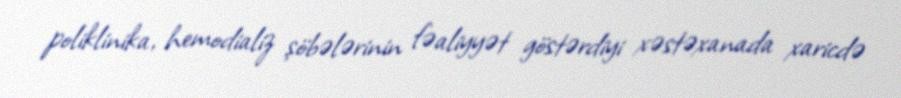
poliklinika, hemodializ şöbələrinin fəaliyyət göstərdiyi xəstəxanada xaricdə